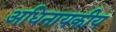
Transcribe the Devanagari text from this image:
अधिनायकीय